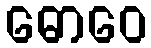
ဓောဝေ